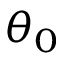
\theta _ { 0 }